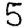
Digit: 5